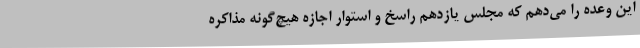
این وعده را می‌دهم که مجلس یازدهم راسخ و استوار اجازه هیچ‌گونه مذاکره